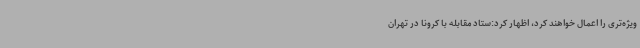
ویژه‌تری را اعمال خواهند کرد، اظهار کرد:ستاد مقابله با کرونا در تهران